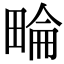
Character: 𤲕